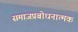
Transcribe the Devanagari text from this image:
समाजप्रबोधनात्मक